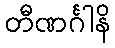
တီဏင်္ဂါနိ